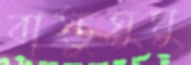
বাস্তুঘুঘু